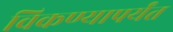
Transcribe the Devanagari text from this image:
विकण्यापर्यंत